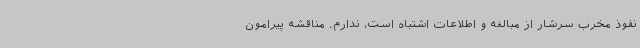
نفوذ مخرب سرشار از مبالغه و اطلاعات اشتباه است، ندارم. مناقشه پیرامون